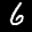
Label: 6